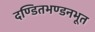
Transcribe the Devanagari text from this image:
दण्डितभण्डनभूत